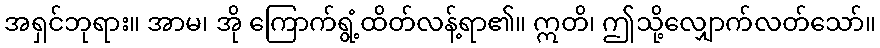
အရှင်ဘုရား။ အာမ၊ အို ကြောက်ရွံ့ထိတ်လန့်ရာ၏။ ဣတိ၊ ဤသို့လျှောက်လတ်သော်။